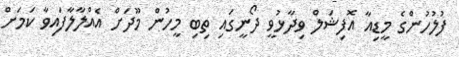
ފުލުހުންގެ މީޑިއާ އޮފިޝަލް ވިދާޅުވީ ދޯނީގައި ތިބި މީހުން މޫދަށް އެއްލާލާފައިވާ ކަމަށް